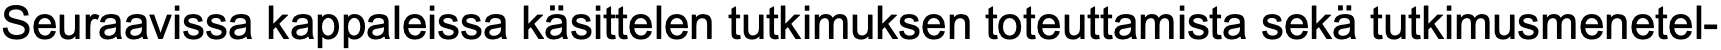
Seuraavissa kappaleissa käsittelen tutkimuksen toteuttamista sekä tutkimusmenetel-